65_HS1-834228961_62-HQ-83894_Section_10
Agency: FBI
Page 95
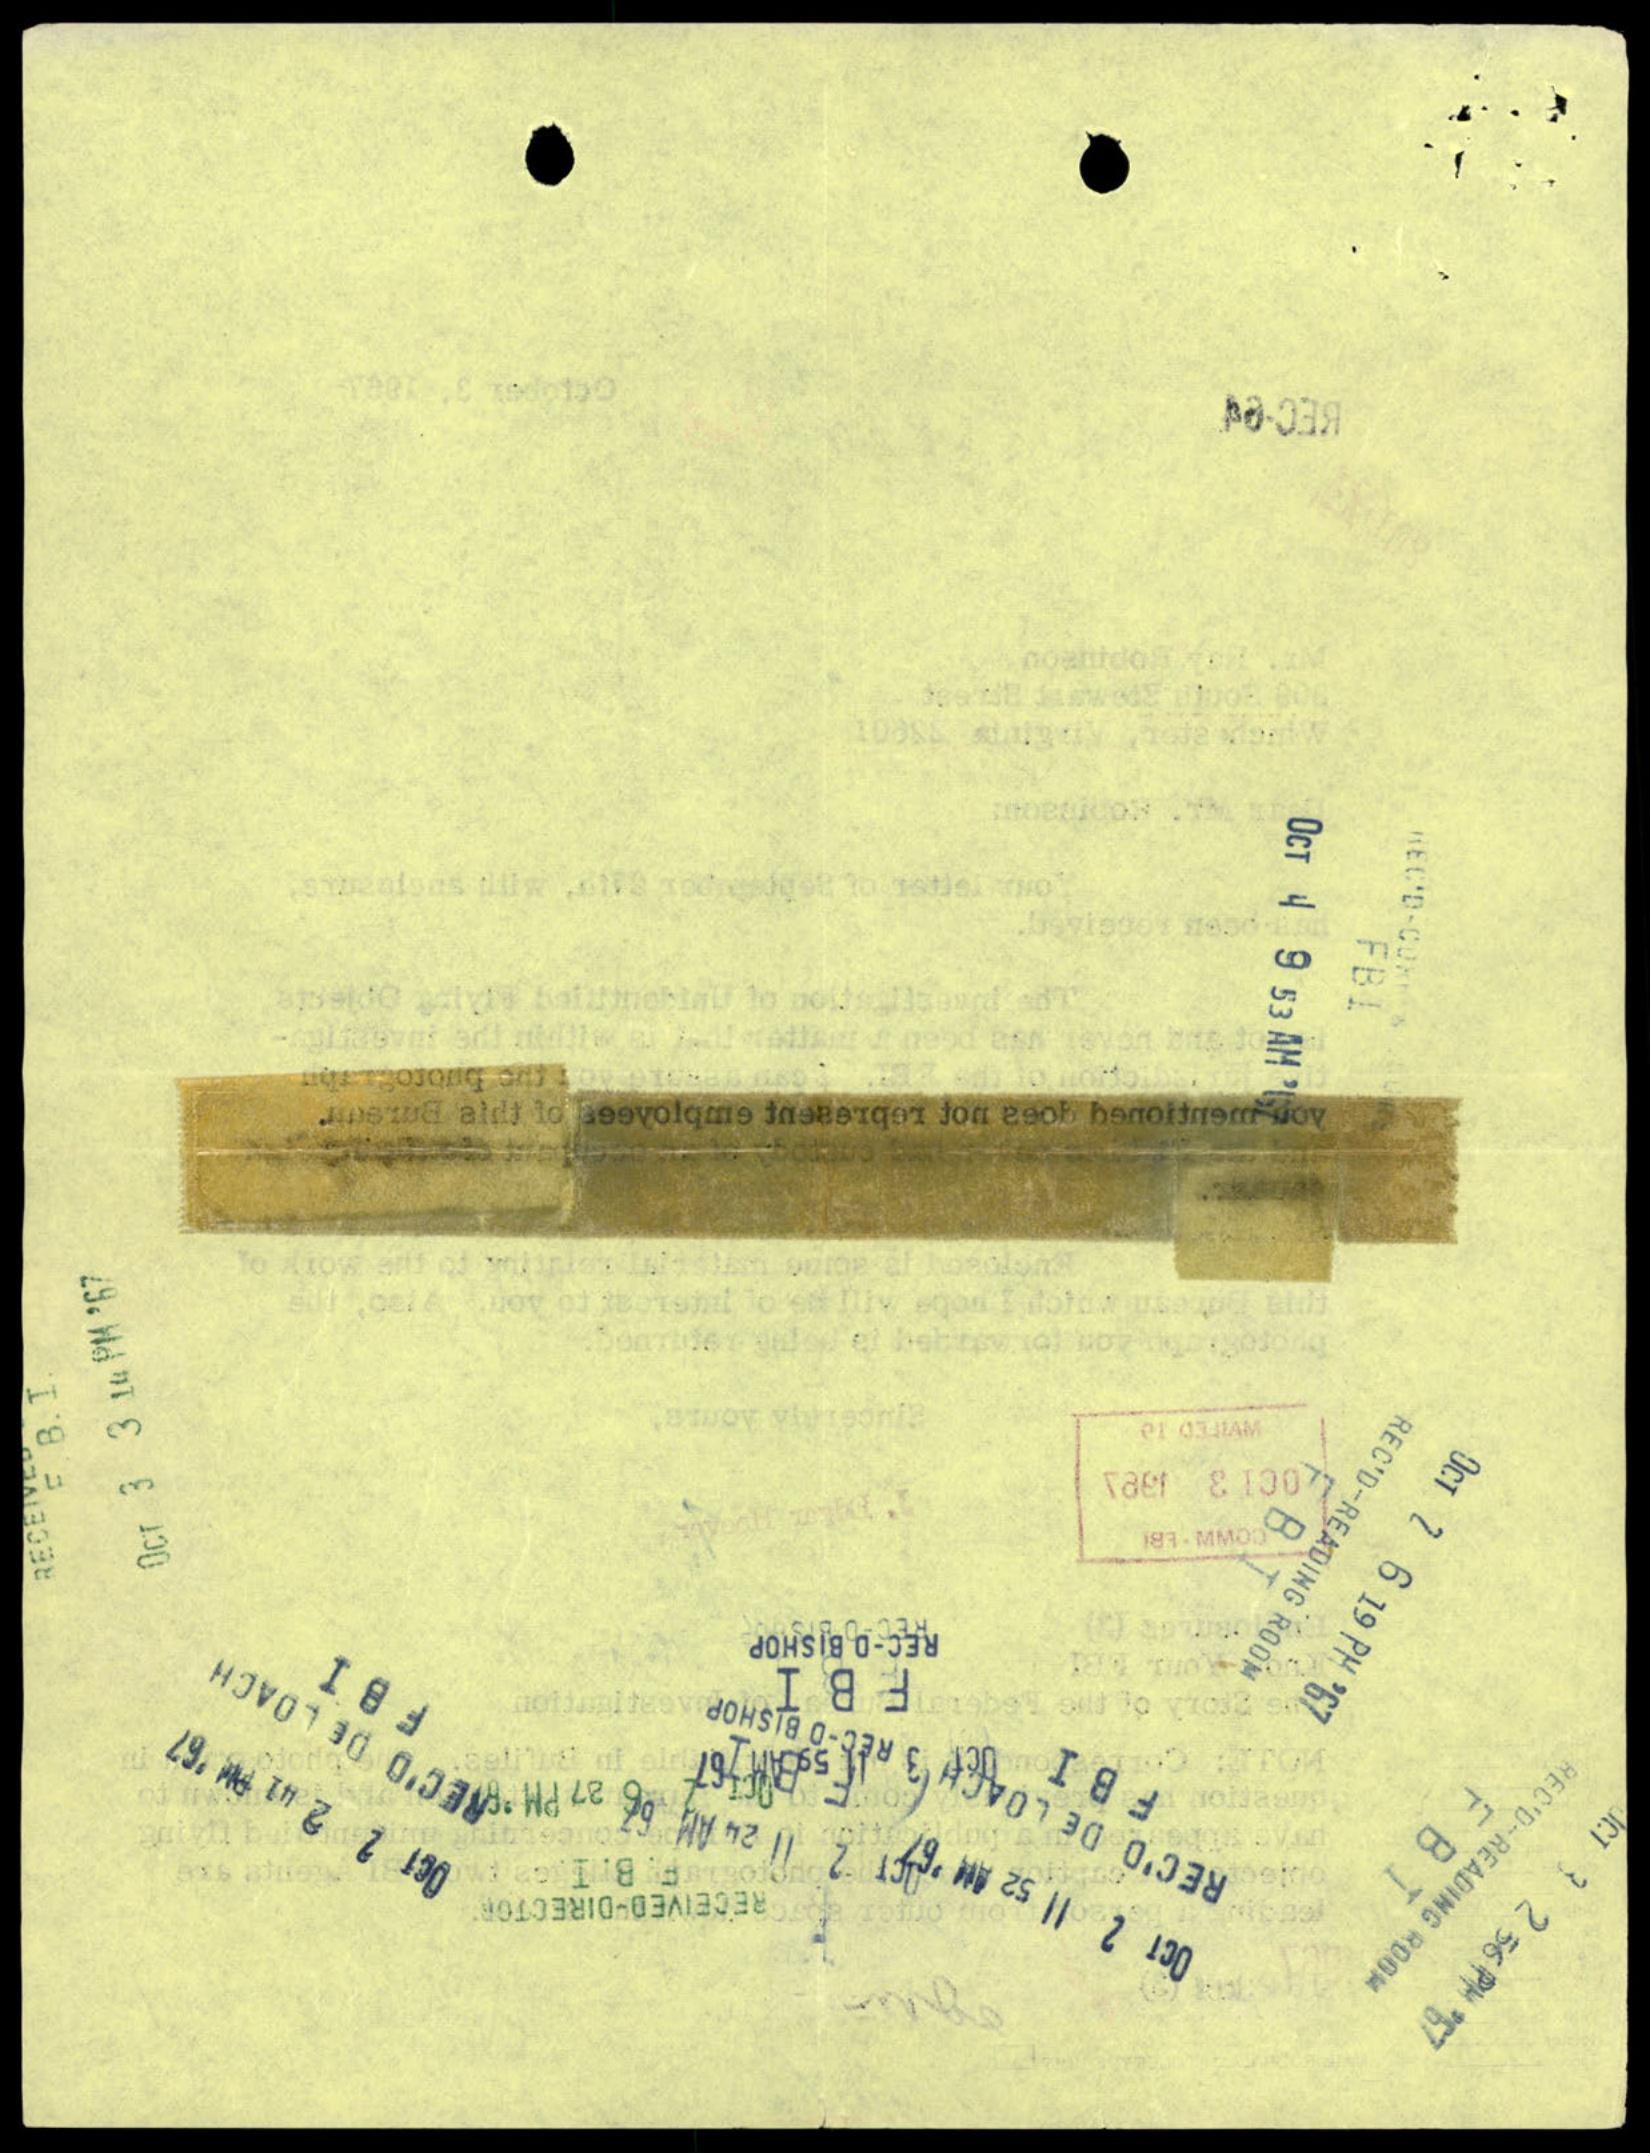